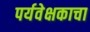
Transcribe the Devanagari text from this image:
पर्यवेक्षकाचा